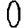
Digit: 0